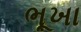
ભૂખા